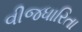
વીજધારિતા